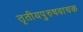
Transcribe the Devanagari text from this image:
तृतीयपुरुषवाचक